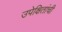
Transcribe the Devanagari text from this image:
उपेक्षितांची